Reports on military cantonments and civil stations in the Presidency of Bombay inspected by the Sanitary Commissioner in the years 1875 and 1876
Year: 1875
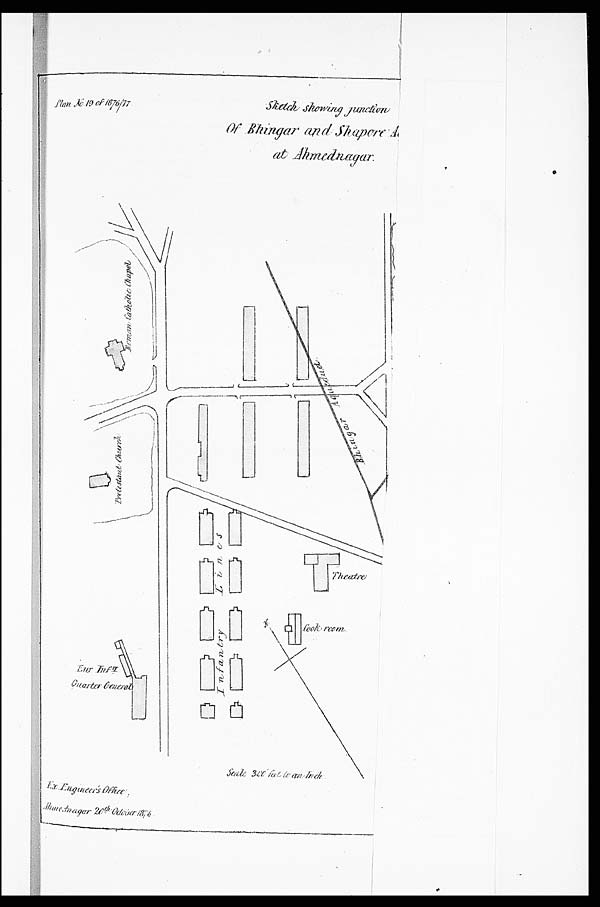
Plan
No. 19 of 1876/77
Sketch showing
junction
Of Bhingar and Shapore A at Ahmednagar.
Ex. Engineer' s Office; Ahmednagar 20th October 1876.